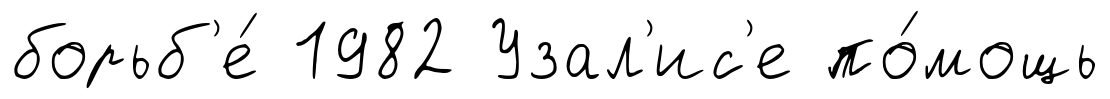
борьб'е́ 1982 Узал'ис'е по́мощь